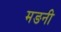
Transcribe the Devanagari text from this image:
मङनी